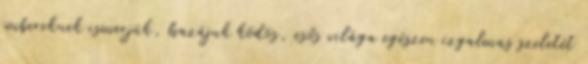
embereknek ismerjük, hazájuk ködös, esős világa egészen izgalmas szeletét